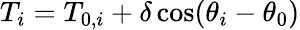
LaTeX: T_{i}=T_{0,i}+\delta\cos(\theta_{i}-\theta_{0})